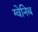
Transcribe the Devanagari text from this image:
ग्वेनिथ